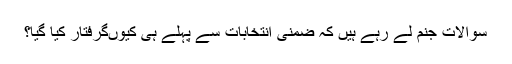
سوالات جنم لے رہے ہیں کہ ضمنی انتخابات سے پہلے ہی کیوںگرفتار کیا گیا؟